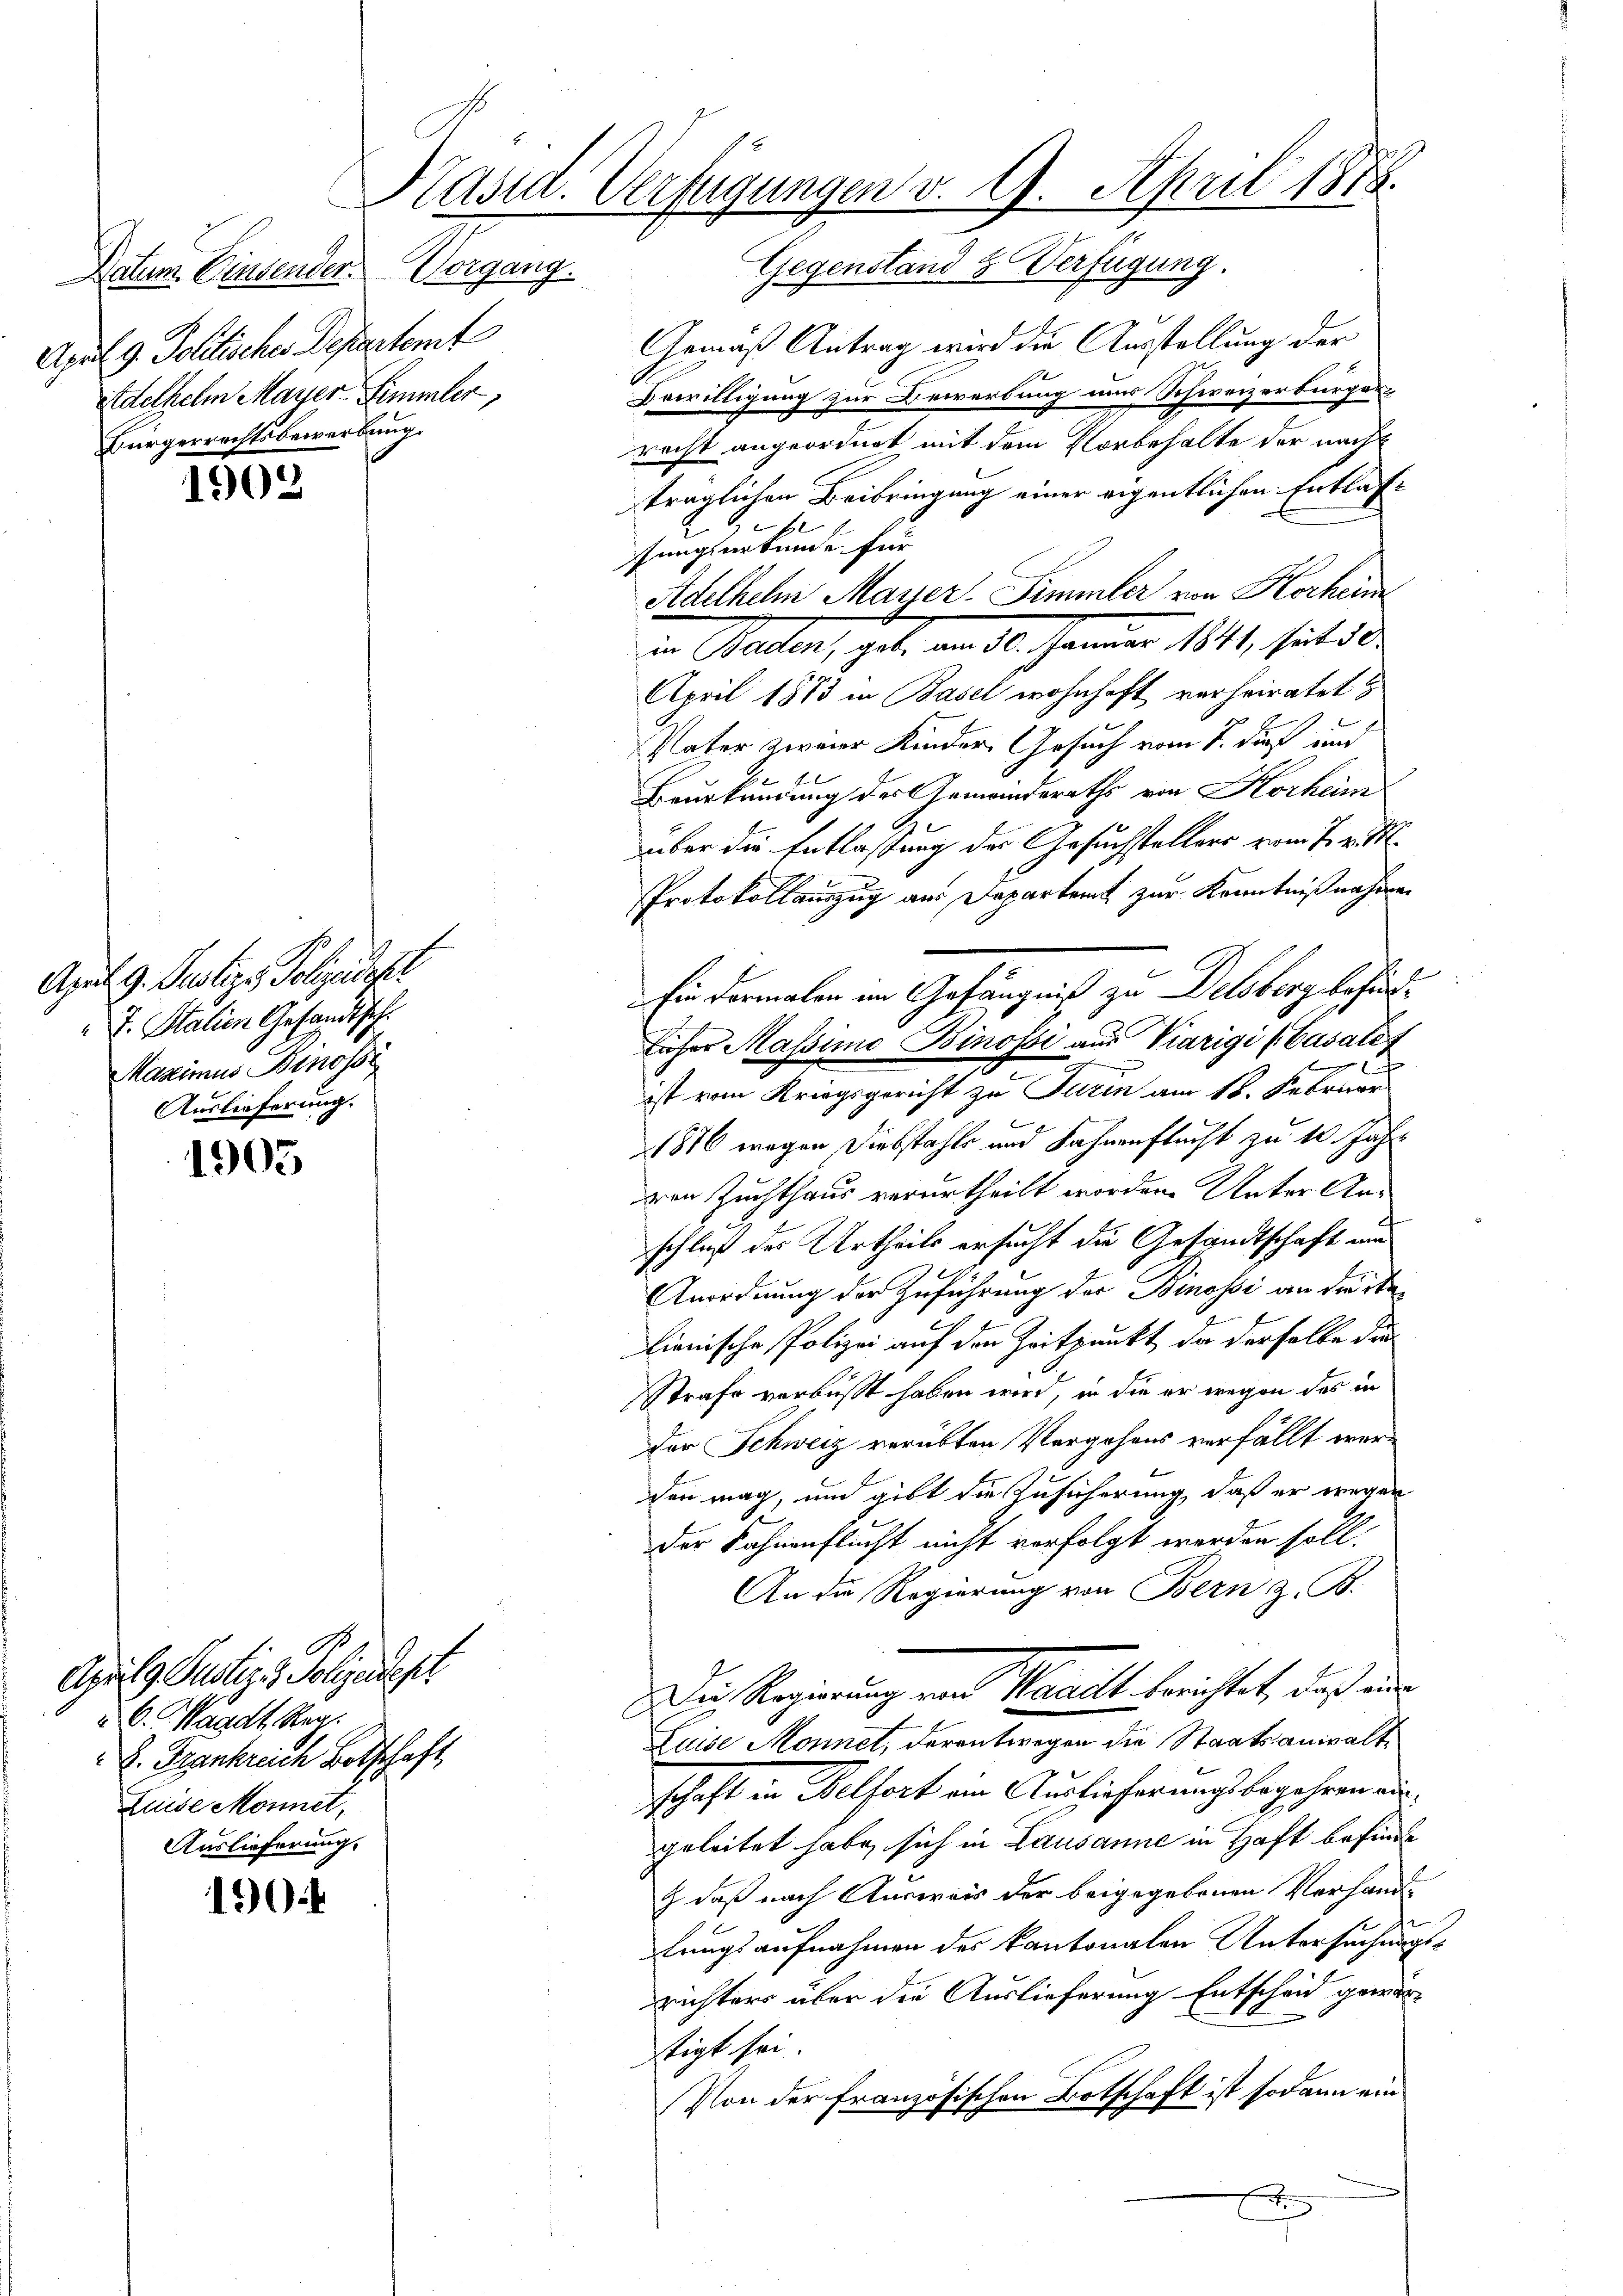
Actum. Einsender Vergang.
April d. Politisches Departemt
Adelhelm Mayer Simmler,
Bürgerrechtsbewerbung.

1902

1905

190.

April 9. Justige Polizeicht
J. Stalien Gesandtsch
Maximus Binosse
Auslieferung.

Apulg Pustiz & Polgendest
u C. Waadt Reg.
I. Frankreich Botschaft
Luise Monnet,
Auslieferung.

Kasia. Verfügungen v. 9. April 1878.

Gegenstand & Verfügung.
Gemäß Antrag wird die Ausstellung der
Bewilligung zur Bewerbung und Schweizerbürger,
recht angeordnet mit dem Vorbehalte der nach
träglichen Beibringung einer eigentlichen Entlassungsurkunde für
Adelhelm Mayer Simmler von Hochen
n Peten, gut. vom 10. Jammer 1841, hat de
April 1873 in Basel wohnhaft verheiratet &
Vater zweier Kinder Gesuch vom 7. dieß und
Beurkundung des Gemeinderaths von Horheim
über die Entlassung des Gesuchstellers vom 7. v. M.
Protokollauszug aus Departamt zur Kenntnißnahmen
Ein dermalen im Gefängniß zu Delsberg befindlicher Massimo Binossi aus Viarigi (Casalef
ist vom Kriegsgericht zu Turin am 18. Februar
1876 wegen Diebstahls und Jahrenflucht zu 10. Jahr
von Zuchthaus verurtheilt worden. Unter Anschluß des Urtheils ersucht die Gesandtschaft um
Anordnung der Zuführung der Binossi an die be
lionische Polizei auf den Zeitpunkt, da derselbe die
Strafe verbüßt haben wird, in die er wegen des in
der Schweiz verübten Vorgehens verfällt werden mag, und gibt die Zusicherung, daß er wegen
e
der Sahnenflucht nicht verfolgt werden soll.
An die Regierung von Bern z. B.
Die Regierung und Nadelt leichtet, daß ein
Luise Monnet, derentwegen die Staatsanwaltschaft in Belfort ein Auslieferungsbegehren ausgeleitet habe, sich in Lausanne in Haft befinde
 daß nach Ausweis der beigegebenen Vorhandlungsaufnahmen des Kantonalen Untersuchungsrichters über die Auslieferung Entscheid gewärstigt sei.
Von der französischen Botschaft ist sodann ein
x